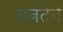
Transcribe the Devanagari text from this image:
घनतेने